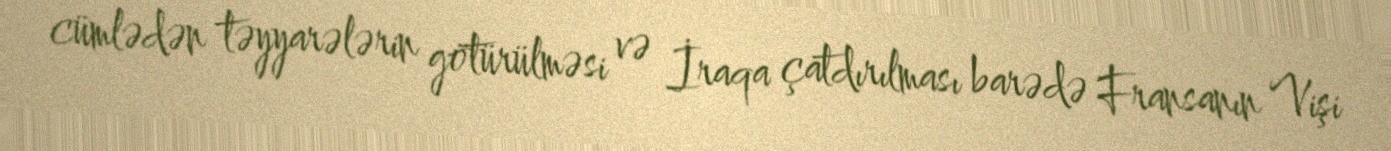
cümlədən təyyarələrin götürülməsi və İraqa çatdırılması barədə Fransanın Vişi